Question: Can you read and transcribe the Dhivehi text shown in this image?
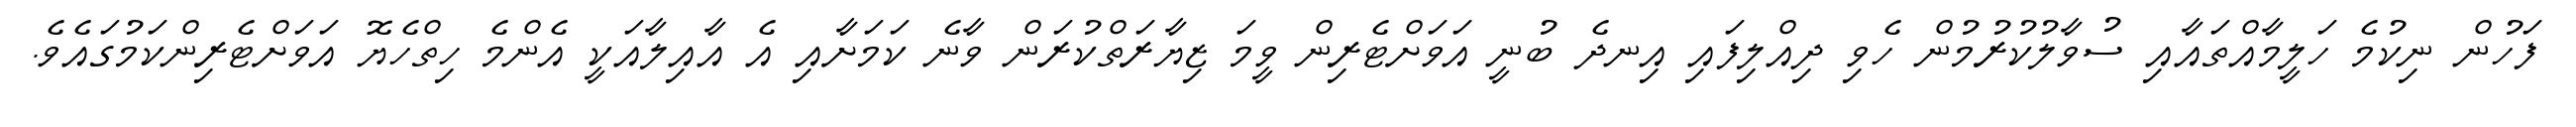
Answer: ފަހުން ނިކުމެ ހަލީމާއްތައާއި ސުވާލުކުރުމުން ހެވި ދިއްލިފައި އިނދެ ބުނީ އަވަށްޓެރިން ވީމަ ޒިޔާރަތްކުރަން ވާނެ ކަމަށާއި އެ އާއިލާއަކީ އެންމެ ހިތްހެޔޮ އަވަށްޓެރިންކަމުގައެވެ.